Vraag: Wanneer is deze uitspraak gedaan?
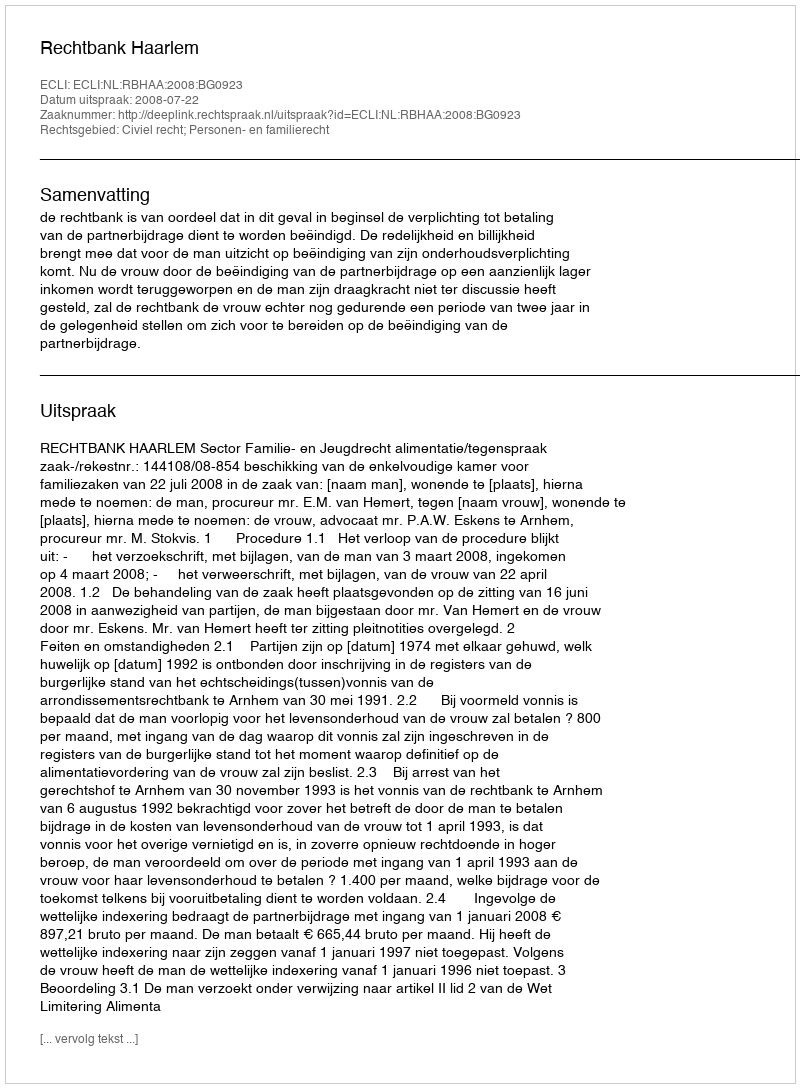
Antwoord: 2008-07-22